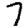
Digit: 7